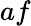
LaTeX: af